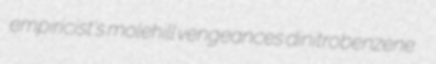
empiricist's molehill vengeances dinitrobenzene